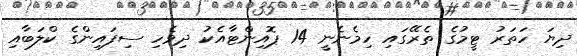
ދިޔަ ހަތަރު ޓީމުގެ ތެރޭގައި ހިމެނެނީ 14 ޕޮއިންޓާއެކު ދިވެހި ސިފައިންގެ ކްލަބާއި